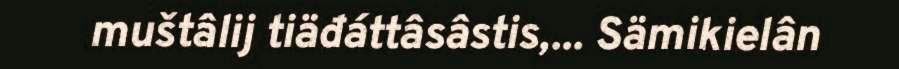
muštâlij tiäđáttâsâstis,... Sämikielân